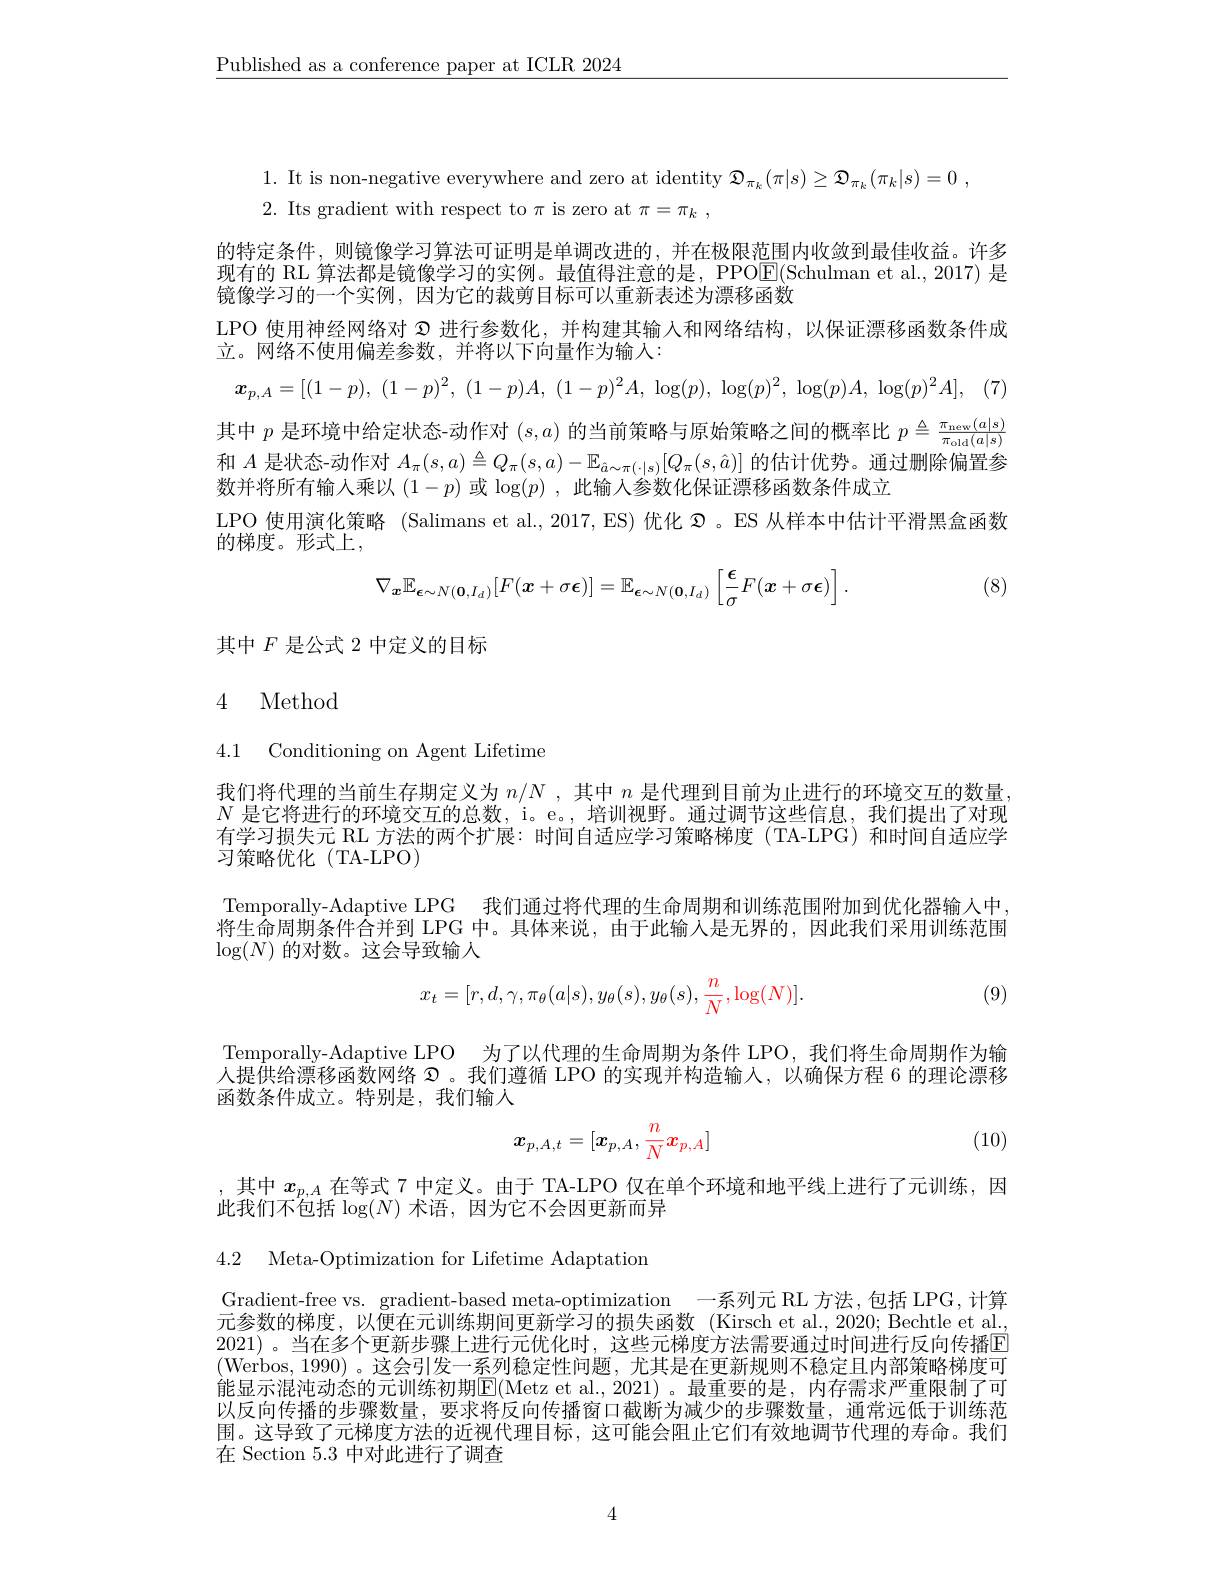
$\underline{\text{Published as a conference paper at ICLR 2024}}$

1. It is non-negative everywhere and zero at identity $\mathcal{D}_\pi_k(\pi|s)\geq\mathcal{D}_{\pi_k}(\pi_k|s)=0\:$,
2. Its gradient with respect to $\pi$ is zero at $\pi=\pi_k$,
的特定条件，则镜像学习算法可证明是单调改进的，并在极限范围内收敛到最佳收益。许多现有的 RL 算法都是镜像学习的实例。最值得注意的是，PPO$\boxed{\mathrm{E}}($Schulman et al.,2017) 是镜像学习的一个实例，因为它的裁剪目标可以重新表述为漂移函数
LPO 使用神经网络对$\mathfrak{2}$进行参数化，并构建其输人和网络结构，以保证漂移函数条件成
立。网络不使用偏差参数，并将以下向量作为输入：
$$\boldsymbol{x}_{p,A}=[(1-p),\:(1-p)^2,\:(1-p)A,\:(1-p)^2A,\:\log(p),\:\log(p)^2,\:\log(p)A,\:\log(p)^2A],$$
其中$p$是环境中给定状态-动作对$(s,a)$的当前策略与原始策略之间的概率比$p\triangleq\frac{\pi_{\mathrm{new}}(a|s)}{\pi_{\mathrm{old}}(a|s)}$ 和$A$是状态-动作对$A_\pi(s,a)\triangleq Q_\pi(s,a)-\mathbb{E}_{\hat{a}\sim\pi(\cdot|s)}[Q_\pi(s,\hat{a})]$的估计优势。通过删除偏置参数并将所有输入乘以$(1-p)$或$\log(p)$ ,此输入参数化保证漂移函数条件成立
LPO 使用演化策略 (Salimans et al., 2017, ES) 优化$\mathfrak{D}$。ES 从样本中估计平滑黑盒函数
的梯度。形式上，
$$\nabla_{\boldsymbol{x}}\mathbb{E}_{\boldsymbol{\epsilon}\sim N(\boldsymbol{0},I_d)}[F(\boldsymbol{x}+\sigma\boldsymbol{\epsilon})]=\mathbb{E}_{\boldsymbol{\epsilon}\sim N(\boldsymbol{0},I_d)}\left[\frac{\boldsymbol{\epsilon}}{\sigma}F(\boldsymbol{x}+\sigma\boldsymbol{\epsilon})\right].$$
 (8)

其中$F$是公式 2 中定义的目标

# 4 Method

4.1 Conditioning on Agent Lifetime

我们将代理的当前生存期定义为$n/N$ ,其中$n$是代理到目前为止进行的环境交互的数量$N$是它将进行的环境交互的总数，i。e。, 培训视野。通过调节这些信息，我们提出了对现有学习损失元 RL 方法的两个扩展：时间自适应学习策略梯度 (TA-LPG) 和时间自适应学习策略优化(TA-LPO)

Temporally-Adaptive LPG 我们通过将代理的生命周期和训练范围附加到优化器输人中. 将生命周期条件合并到 LPG 中。具体来说，由于此输入是无界的，因此我们采用训练范围$\log(N)$的对数。这会导致输入
$$x_t=[r,d,\gamma,\pi_\theta(a|s),y_\theta(s),y_\theta(s),\frac{n}{N},\log(N)].$$
(9)

Temporally-Adaptive LPO 为了以代理的生命周期为条件 LPO, 我们将生命周期作为输人提供给漂移函数网络$\mathfrak{D}$。我们遵循 LPO 的实现并构造输入，以确保方程 6 的理论漂移函数条件成立。特别是，我们输入
$$x_{p,A,t}=[x_{p,A},\frac{n}{N}x_{p,A}]$$
(10)

,其中$x_{p,A}$在等式 7 中定义。由于 TA-LPO 仅在单个环境和地平线上进行了元训练，因
此我们不包括$\log(N)$术语，因为它不会因更新而异

4.2 Meta-Optimization for Lifetime Adaptation

Gradient-free vs. gradient-based meta-optimization 一系列元 RL 方法，包括 LPG,计算元参数的梯度，以便在元训练期间更新学习的损失函数(Kirsch et al.,2020;Bechtle et al. 2021)。当在多个更新步骤上进行元优化时，这些元梯度方法需要通过时间进行反向传播回(Werbos,1990)。这会引发一系列稳定性问题，尤其是在更新规则不稳定且内部策略梯度可能显示混沌动态的元训练初期$\boxed{\mathrm{E}}($Metz et al.,2021)。最重要的是，内存需求严重限制了可以反向传播的步骤数量，要求将反向传播窗口截断为减少的步骤数量，通常远低于训练范围。这导致了元梯度方法的近视代理目标，这可能会阻止它们有效地调节代理的寿命。我们在 Section 5.3 中对此进行了调查

4